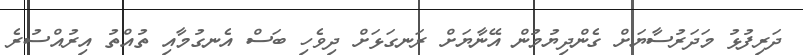
ދަރިފުޅު މަދަރުސާޔަށް ގެންދިޔުމުން އޭނާޔަށް ރަނގަޅަށް ދިވެހި ބަސް އެނގުމާއި ތުއްތު އިރުއްސުރެ